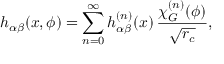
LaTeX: h _ { \alpha \beta } ( x , \phi ) = \sum _ { n = 0 } ^ { \infty } h _ { \alpha \beta } ^ { ( n ) } ( x ) \, \frac { \chi _ { G } ^ { ( n ) } ( \phi ) } { \sqrt { r _ { c } } } ,